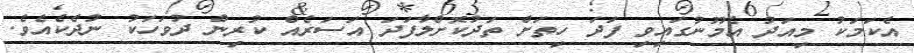
އެކަމަކު މިއަދު އެމޫނުގައިވި ފަދަ ހިތަށް ތަދުކޮށްލާފަދަ އަސަރެއް ކުރިން ދުވަހަކު ނުދެކެއެވެ.